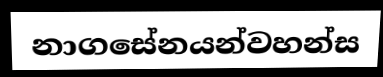
නාගසේනයන්වහන්ස